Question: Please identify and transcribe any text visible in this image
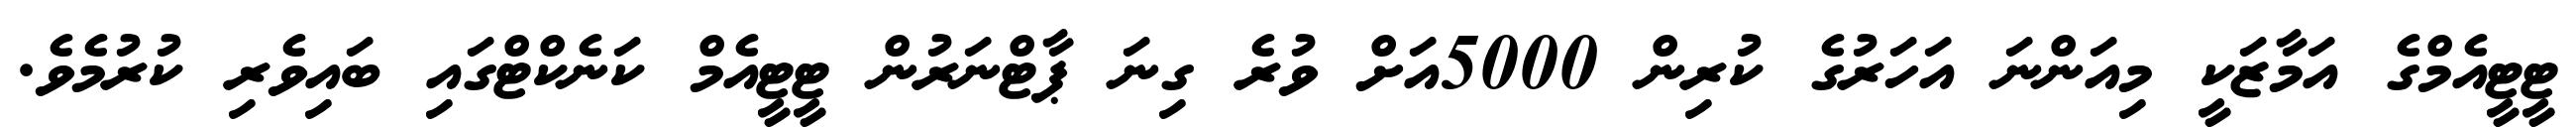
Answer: ޓީޓީއެމްގެ އަމާޒަކީ މިއަންނަ އަހަރުގެ ކުރިން 5000އަށް ވުރެ ގިނަ ޕާޓްނަރުން ޓީޓީއެމް ކަނެކްޓްގައި ބައިވެރި ކުރުމެވެ.